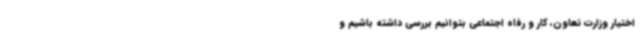
اختیار وزارت تعاون، کار و رفاه اجتماعی بتوانیم بررسی داشته باشیم و